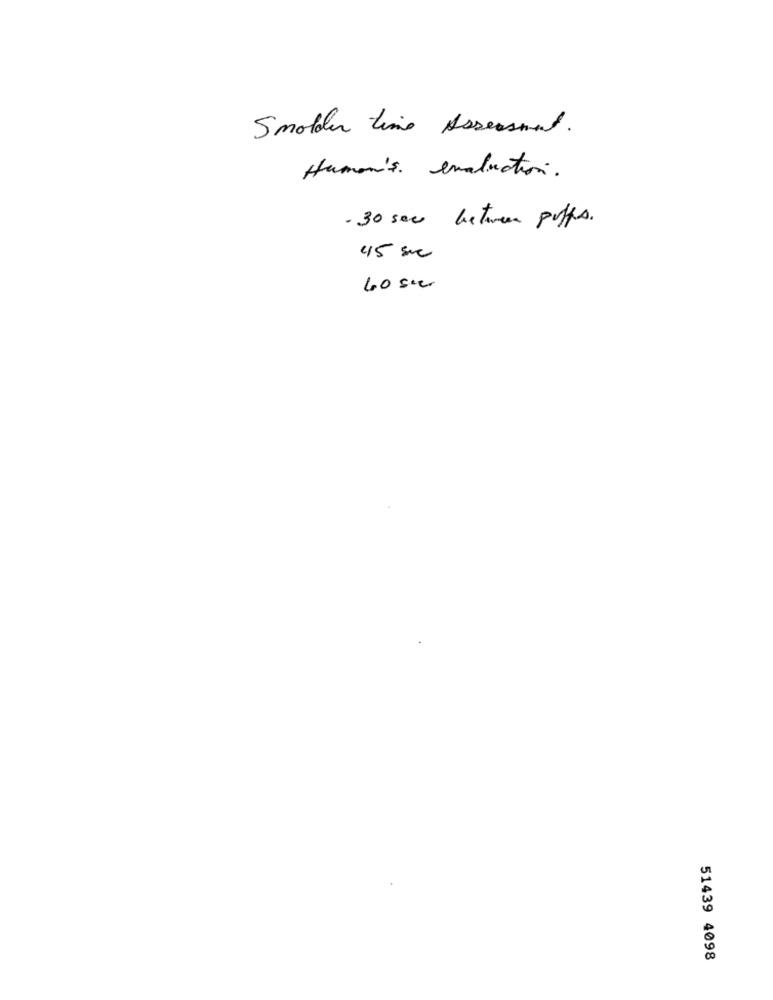
Smolder time Assessment.
Human's evaluation.
.30 sec between puffs.
45 smc
40 su
51439 4098